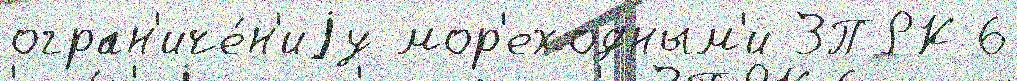
огран'иче́н'иjу мор'еходным'и ЗПРК 6